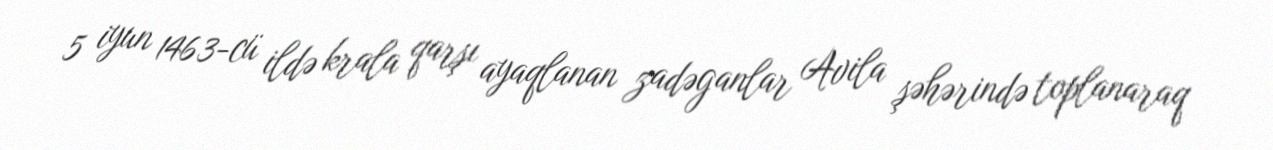
5 iyun 1463-cü ildə krala qarşı ayaqlanan zadəganlar Avila şəhərində toplanaraq